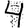
Digit: 4